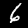
Digit: 6